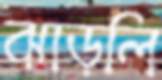
ঝাড়লি